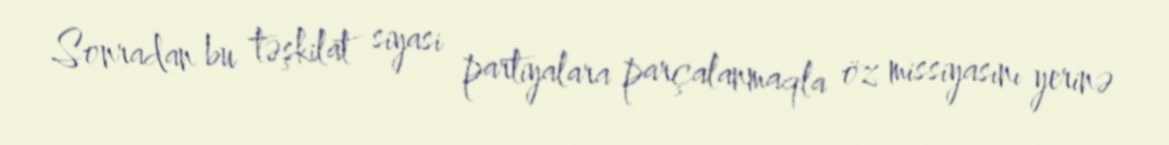
Sonradan bu təşkilat siyasi partiyalara parçalanmaqla öz missiyasını yerinə